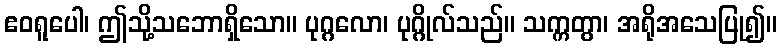
ဧဝရူပေါ၊ ဤသို့သဘောရှိသော။ ပုဂ္ဂလော၊ ပုဂ္ဂိုလ်သည်။ သက္ကတွာ၊ အရိုအသေပြု၍။